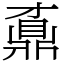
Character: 鼒